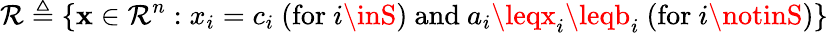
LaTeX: \mathcal{R}\triangleq\left\{ \mathbf{{x}}\in\mathbb{{\mathcal{R}}}^{n}:x_{i}=c_{i}\ ({\mathrm{{for~}}}i\inS){\mathrm{{~and~}}}a_{i}\leqx_{i}\leqb_{i}\ ({\mathrm{{for~}}}i\notinS)\right\}